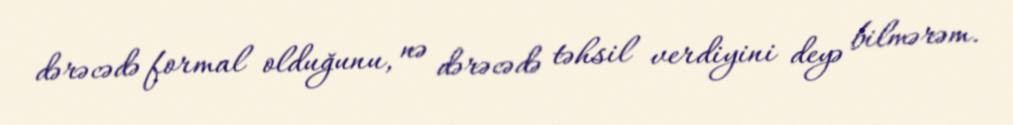
dərəcədə formal olduğunu, nə dərəcədə təhsil verdiyini deyə bilmərəm.